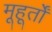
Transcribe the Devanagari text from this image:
मूहूर्तों